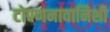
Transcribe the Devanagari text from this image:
टोपणनावानिशी